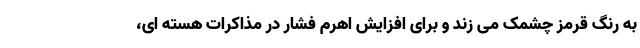
به رنگ قرمز چشمک می زند و برای افزایش اهرم فشار در مذاکرات هسته ای،